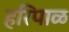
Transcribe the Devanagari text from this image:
हरिपाळ